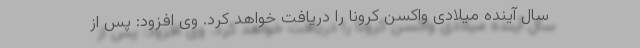
سال آینده میلادی واکسن کرونا را دریافت خواهد کرد. وی افزود: پس از